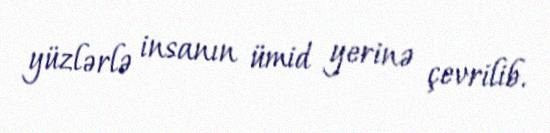
yüzlərlə insanın ümid yerinə çevrilib.